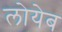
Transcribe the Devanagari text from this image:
लोयेब